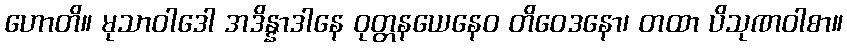
ဟောတိ။ မုသာဝါဒေါ အဒိန္နာဒါနေ ဝုတ္တနယေနေဝ တိဝေဒနော၊ တထာ ပိသုဏဝါစာ။